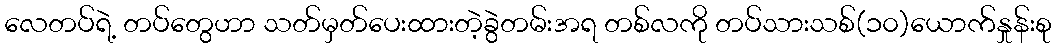
လေတပ်ရဲ့ တပ်တွေဟာ သတ်မှတ်ပေးထားတဲ့ခွဲတမ်းအရ တစ်လကို တပ်သားသစ်(၁၀)ယောက်နှုန်းစု